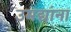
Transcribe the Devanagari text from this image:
उमद्यांना